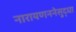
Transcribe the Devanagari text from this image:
नारायणननेसुद्धा